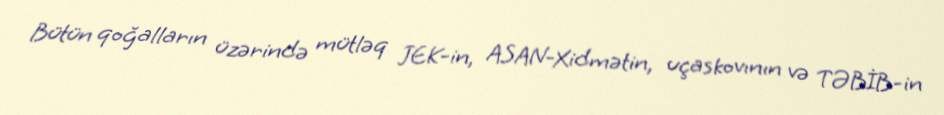
Bütün qoğalların üzərində mütləq JEK-in, ASAN-Xidmətin, uçaskovının və TƏBİB-in